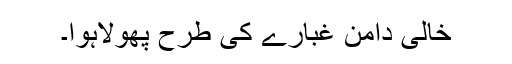
خالی دامن غبارے کی طرح پھولاہوا۔